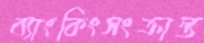
ব্যাংকিংসংক্রান্ত